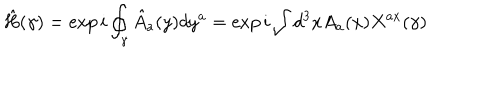
{ \hat { H } } ( \gamma ) = \exp { i \oint _ { \gamma } { \hat { A } } _ { a } ( y ) d y ^ { a } } = \exp { i \int d ^ { 3 } x A _ { a } ( x ) X ^ { a x } ( \gamma ) }